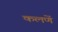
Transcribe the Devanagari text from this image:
कलणें